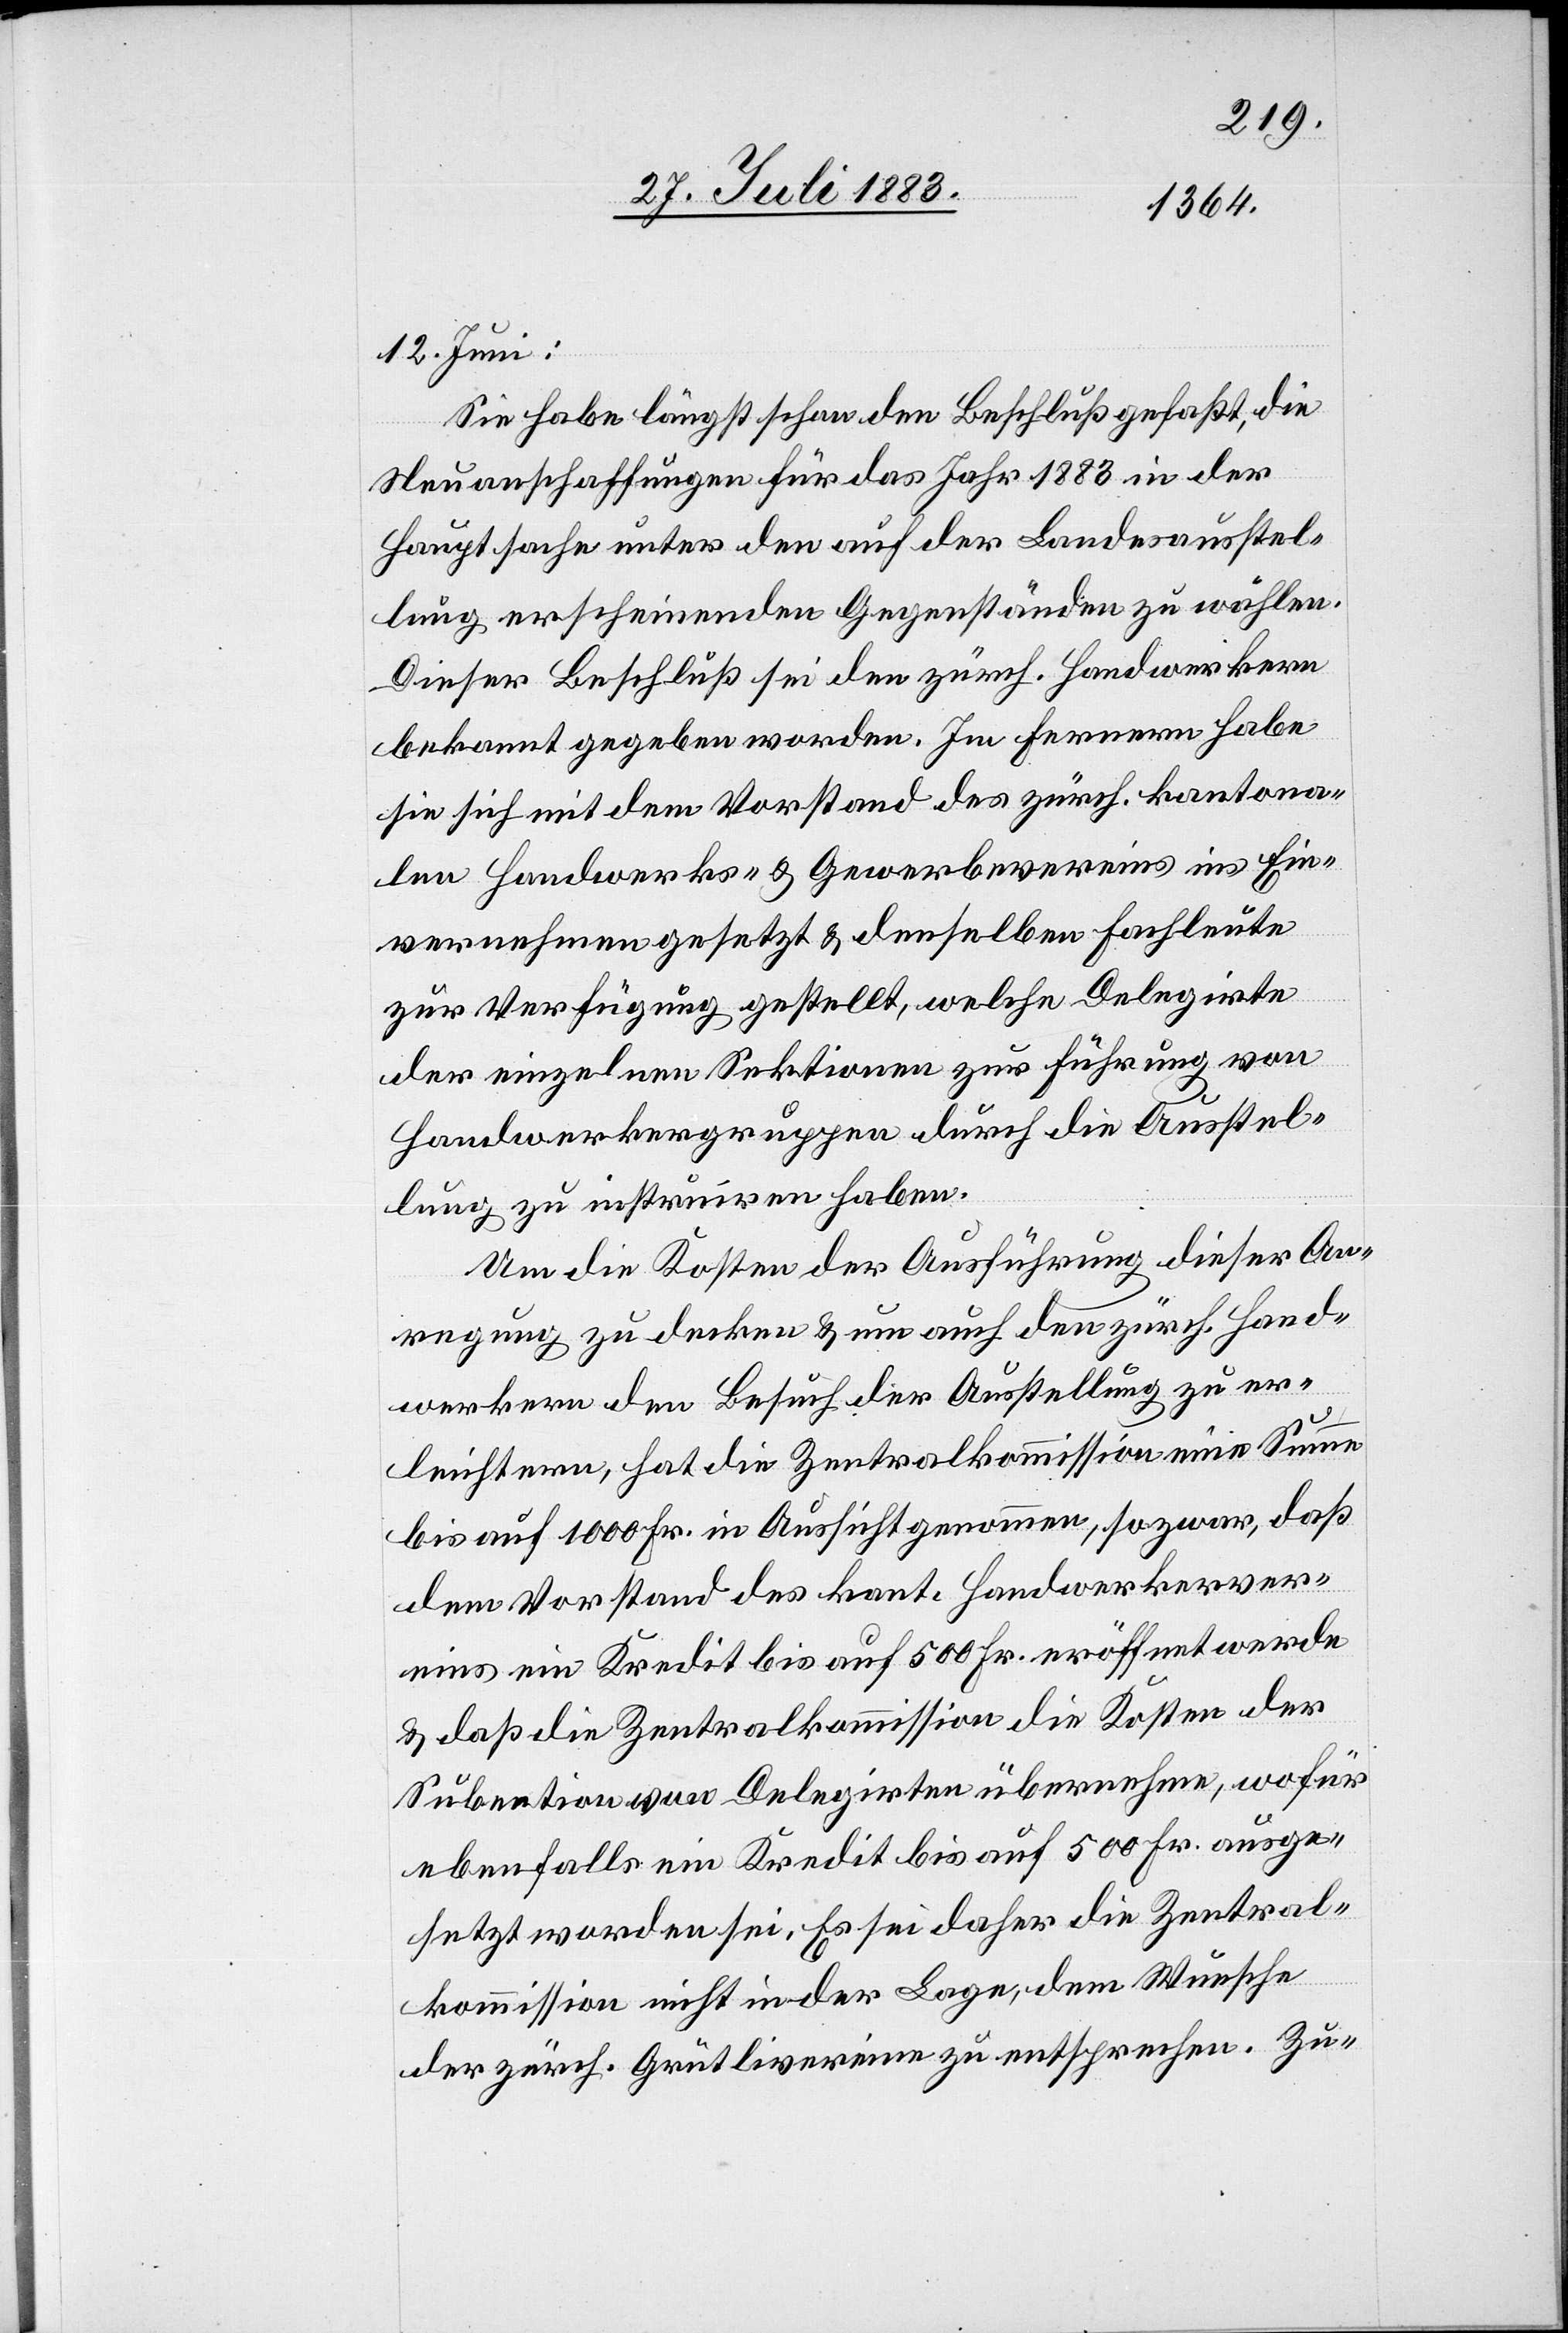
12. Juni:
Sie habe längst schon den Beschluß gefaßt, die
Neuanschaffungen für das Jahr 1883 in der
Hauptsache unter den auf der Landesausstel¬
lung erscheinenden Gegenständen zu wählen.
Dieser Beschluß sei den zürch. Handwerkern
bekannt gegeben worden. Im Fernern habe
sie sich mit dem Vorstand des zürch. kantona¬
len Handwerks- & Gewerbevereins in Ein¬
vernehmen gesetzt & denselben [recte:
zur Verfügung gestellt, welche Delegirte
der einzelnen Sektionen zur Führung von
Handwerksgruppen durch die Ausstel¬
lung zu instruiren haben.
Um die Kosten der Ausführung dieser An¬
regung zu Decken & um auch den zürch. Hand¬
werkern den Besuch der Ausstellung zu er¬
leichtern, hat die Zentralkommission eine Summe
bis auf 1000 Fr. in Aussicht genommen, so zwar, daß
dem Vorstand des kant. Handwerkerver¬
eins ein Kredit bis auf 500 Fr. eröffnet werde
& daß die Zentralkommission die Kosten der
Sub[v]ention von Delegirten übernehme, wofür
ebenfalls ein Kredit bis auf 500 Fr. ausge¬
setzt worden sei. Es sei daher die Zentral¬
kommission nicht in der Lage, dem Wunsche
der zürch. Grütlivereine zu entsprechen. Zu-